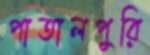
পাতালপুরি